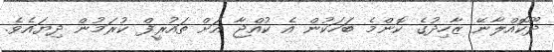
ދޫކޮއްލާނޭ ޒާހިދުގެ ކޮންމެ ބަހަކުން އެ ކުއްޖާ އަށް ތައުރީފް ކުރަމުން ދިޔައެވެ.